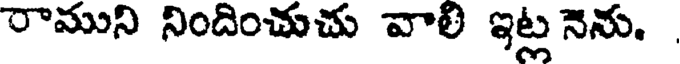
రాముని నిందించుచు వాలి ఇట్ల నెను.